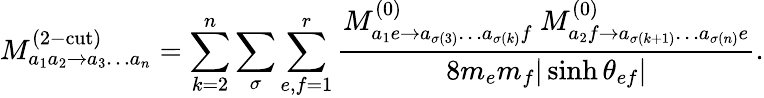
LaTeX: M_{a_{1}a_{2}\to a_{3}\dots a_{n}}^{(2\mathrm{-cut})}=\sum_{k=2}^{n}\sum_{\sigma}\sum_{e,f=1}^{r}\frac{M_{a_{1}e\to a_{\sigma(3)}\dots a_{\sigma(k)}f}^{(0)}\ M_{a_{2}f\to a_{\sigma(k+1)}\dots a_{\sigma(n)}e}^{(0)}}{8m_{e}m_{f}|\sinh{\theta_{ef}}|}.